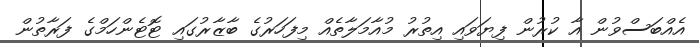
އެއްބަސްވުން އާ ކުރުން ފިޔަވައި އިތުރު މުއާމަލާތެއް މިފަހަރުގެ ބާޒާރުގައި ޓޮޓެންހަމްގެ ފަރާތުން